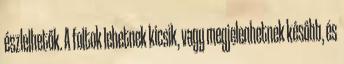
észlelhetők. A foltok lehetnek kicsik, vagy megjelenhetnek később, és